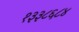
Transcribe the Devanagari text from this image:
१३३८६८४